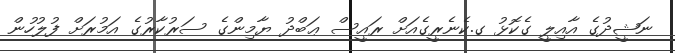
ނަޝީދުގެ އާއިލީ ގެކޮޅު ގ.ކެނެރީގެއަށް ރައީސް ޢަބްދު ޔާމިންގެ ސަރުކާރުގެ އަމުރަށް ފުލުހުން